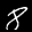
Label: 8